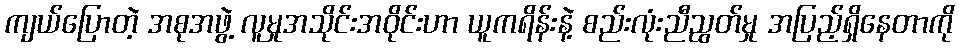
ကျယ်ပြောတဲ့ အစုအဖွဲ့ လူမှုအသိုင်းအဝိုင်းဟာ ယူကရိန်းနဲ့ စည်းလုံးညီညွတ်မှု အပြည့်ရှိနေတာကို